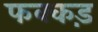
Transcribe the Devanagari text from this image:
फक्‍कड़